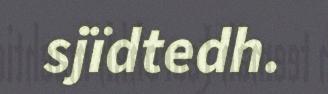
sjïdtedh.